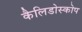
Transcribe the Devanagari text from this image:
कैलिडोस्कोप